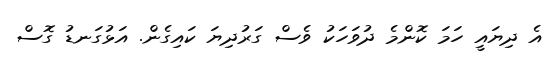
އެ ދިޔައީ ހަމަ ކޮންމެ ދުވަހަކު ވެސް ގަރުދިޔަ ކައިގެން. އަޅުގަނޑު ގޮސް